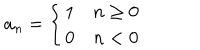
a _ { n } = \left\{ \begin{array} { l r } { { 1 } } & { { n \ge 0 } } \\ { { 0 } } & { { n < 0 } } \\ \end{array} \right.